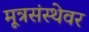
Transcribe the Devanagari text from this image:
मूत्रसंस्थेवर